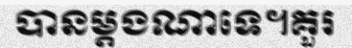
បានម្តងណាទេ។គួរ